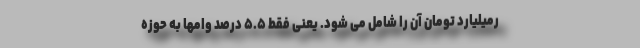
رمیلیارد تومان آن را شامل می شود. یعنی فقط ۵.۵ درصد وامها به حوزه